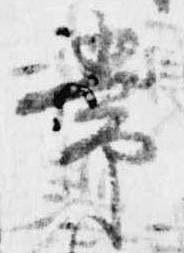
常